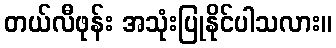
တယ်လီဖုန်း အသုံးပြုနိုင်ပါသလား။